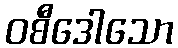
ဝစီဒေါသော